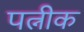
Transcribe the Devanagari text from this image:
पत्नीक